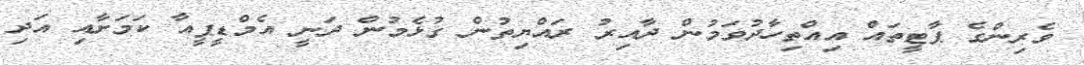
ވެރިންގެ ޕާޓީތައް އިއްތިހާދުވަމުން ދާއިރު ރައްޔިތުން ގުޅެމުން ދަނީ އެމްޑީޕީއާ ކަމަށާއި އަދި